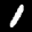
Label: 1